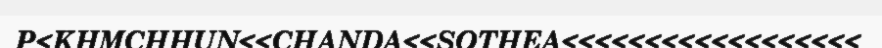
P<KHMCHHUN<<CHANDA<<SOTHEA<<<<<<<<<<<<<<<<<<